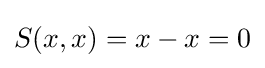
S(x,x)=x-x=0